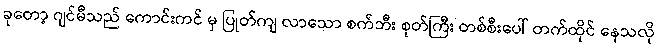
ခုတော့ ဂျင်မီသည် ကောင်းကင် မှ ပြုတ်ကျ လာသော စက်ဘီး စုတ်ကြီး တစ်စီးပေါ် တက်ထိုင် နေသလို